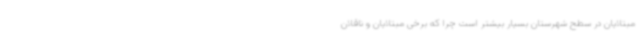
مبتلایان در سطح شهرستان بسیار بیشتر است چرا که برخی مبتلایان و ناقلان